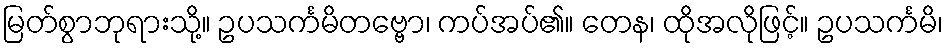
မြတ်စွာဘုရားသို့။ ဥပသင်္ကမိတဗ္ဗော၊ ကပ်အပ်၏။ တေန၊ ထိုအလိုဖြင့်။ ဥပသင်္ကမိ၊